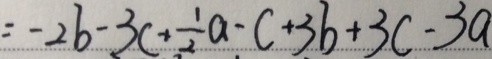
= - 2 b - 3 c + \frac { 1 } { 2 } a - c + 3 b + 3 c - 3 a